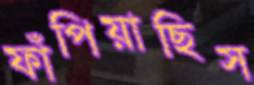
ফাঁপিয়াছিস